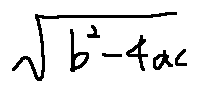
\sqrt { b ^ { 2 } - 4 a c }